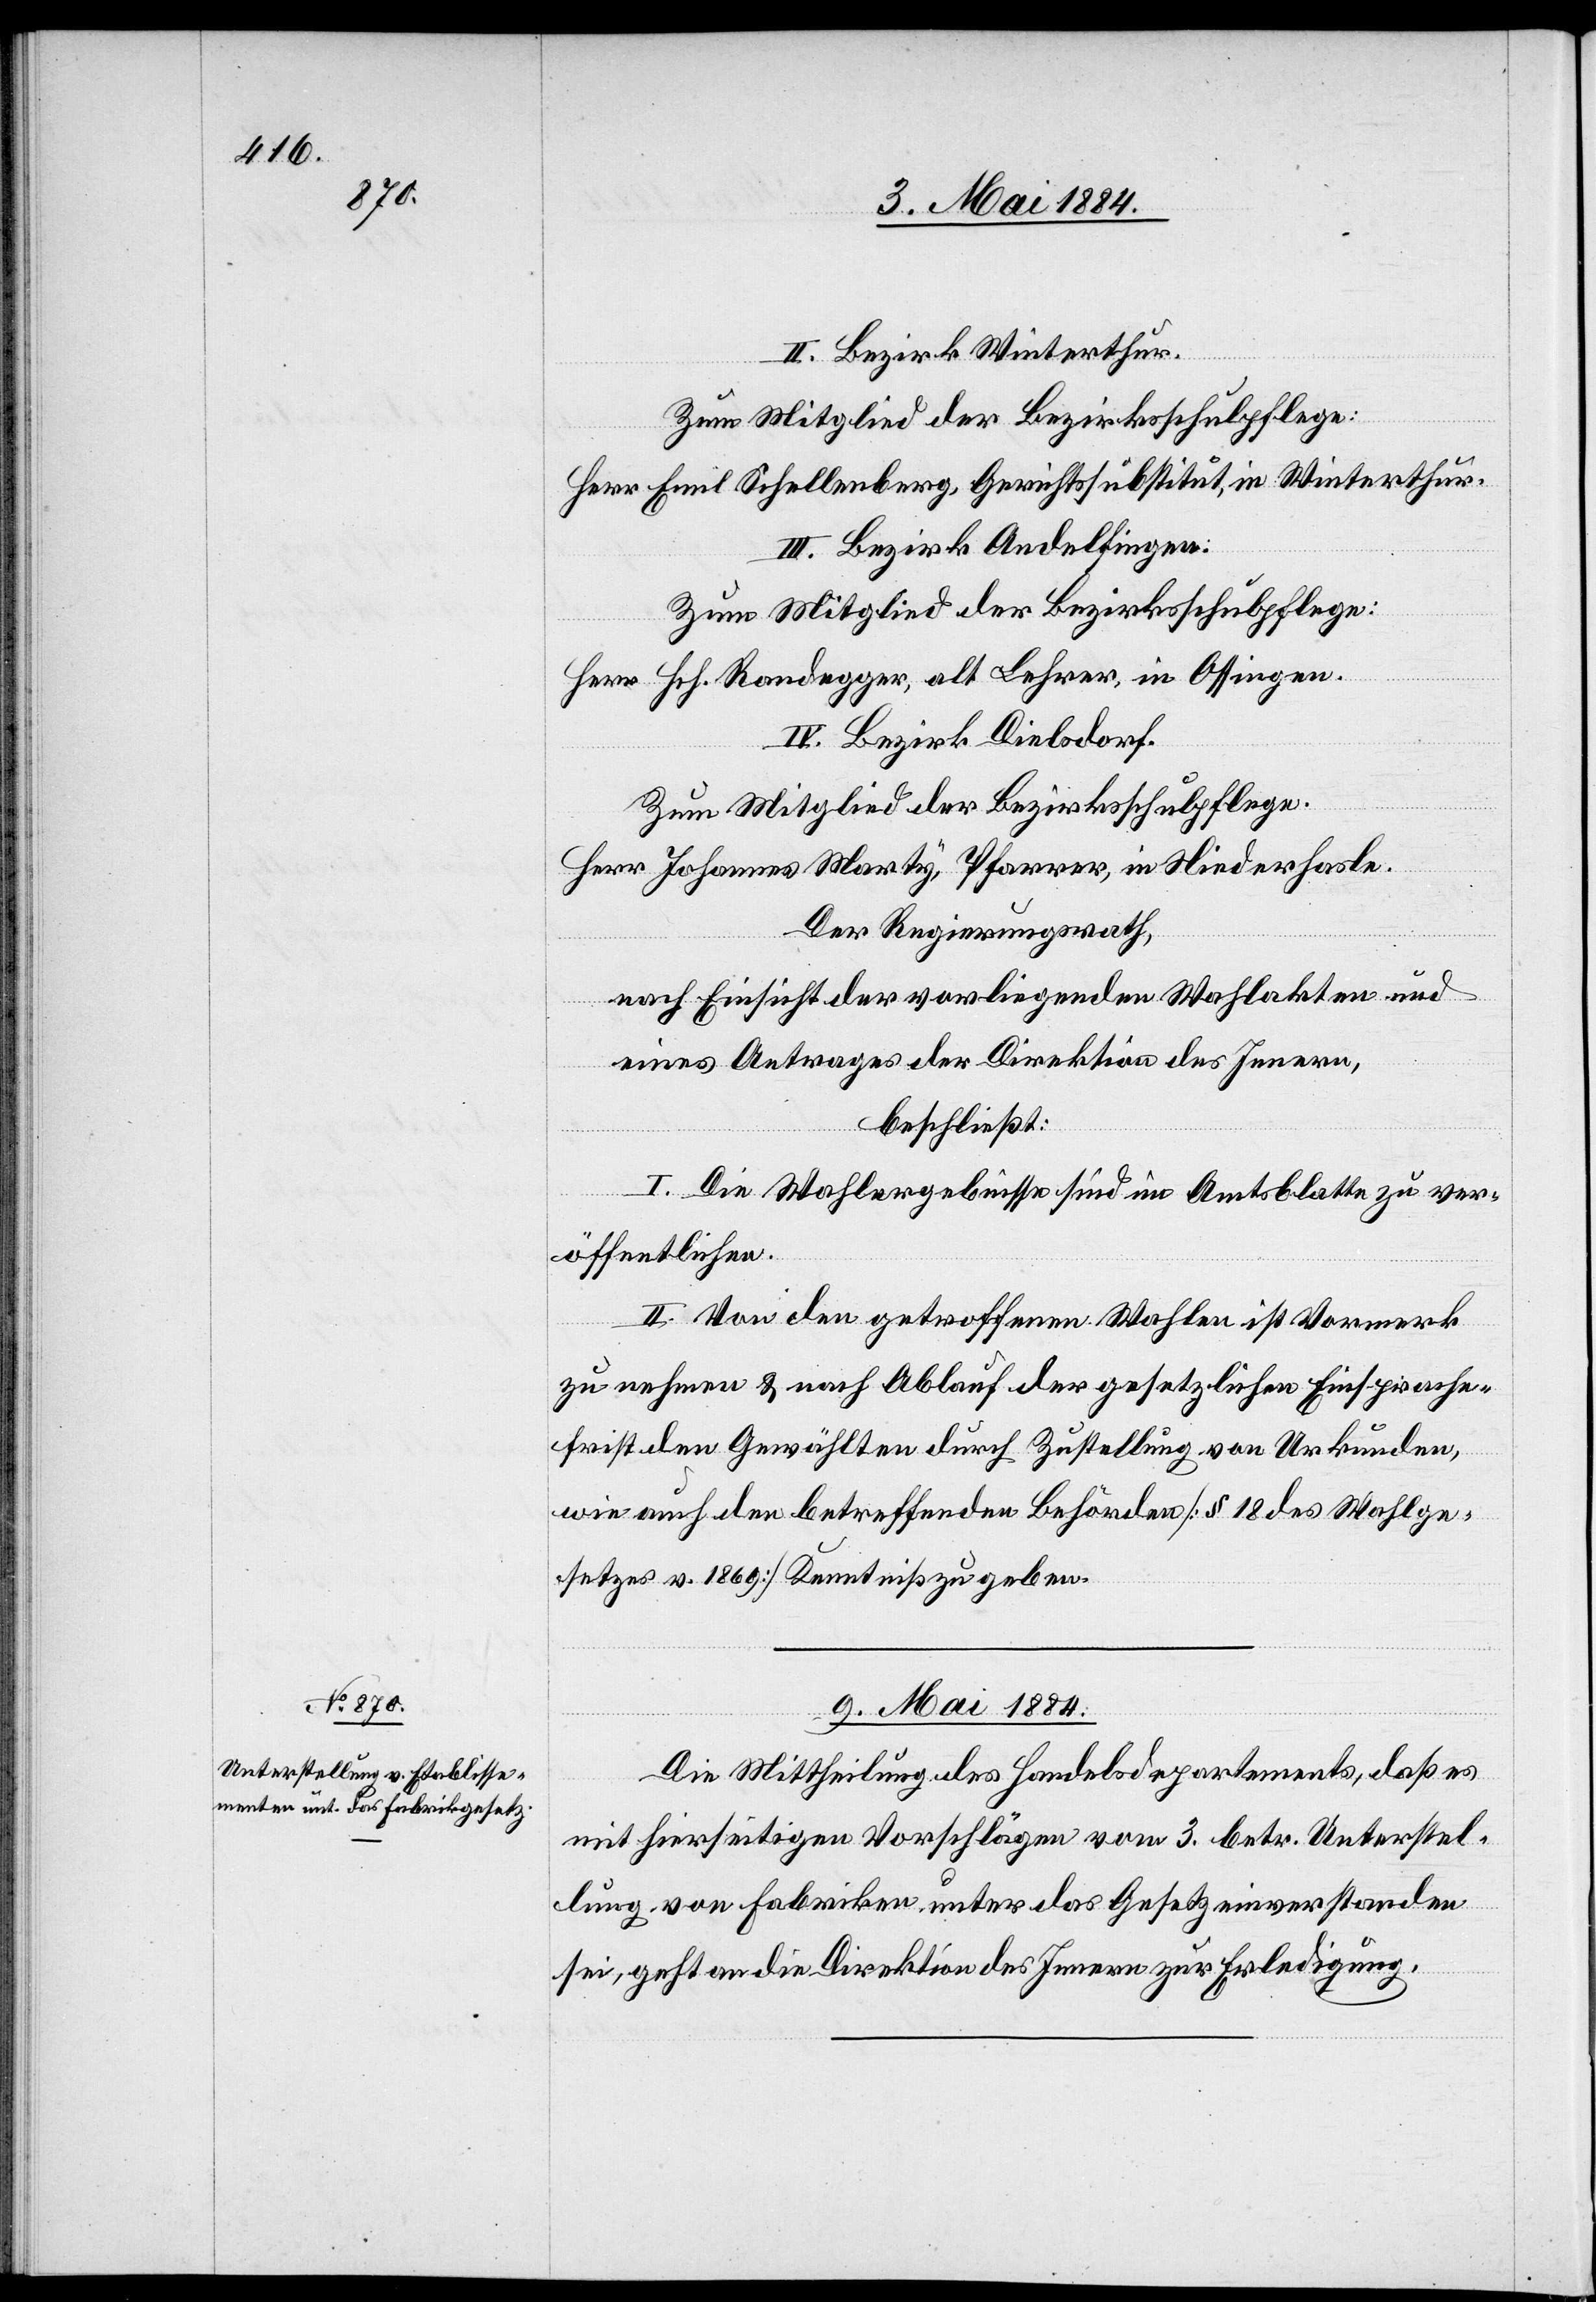
II. Bezirk Winterthur.
Zum Mitglied der Bezirksschulpflege:
Herr Emil Schellenberg, Gerichtssubstitut, in Winterthur.
III. Bezirk Andelfingen:
Zum Mitglied der Bezirksschulpflege:
Herr Hch. Randegger, alt Lehrer, in Ossingen.
IV. Bezirk Dielsdorf.
Zum Mitglied der Bezirksschulpflege.
Herr Johannes Marty, Pfarrer, in Niederhasle.
Der Regierungsrath,
nach Einsicht der vorliegenden Wahlakten und
eines Antrages der Direktion des Innern,
beschließt:
I. Die Wahlergebnisse sind im Amtsblatte zu ver¬
öffentlichen.
II. Von den getroffenen Wahlen ist Vormerk
zu nehmen & nach Ablauf der gesetzlichen Einsprache¬
frist den Gewählten durch Zustellung von Urkunden,
wie auch den betreffenden Behörden [§ 18 des Wahlge¬
setzes v. 1869] Kenntniß zu geben.
9. Mai 1884.
Die Mittheilung des Handelsdepartements, daß es
mit hierseitigen Vorschlägen vom 3. betr. Unterstel¬
lung von Fabriken unter das Gesetz einverstanden
sei, geht an die Direktion des Innern zur Erledigung.